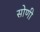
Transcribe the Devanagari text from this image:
सोणी